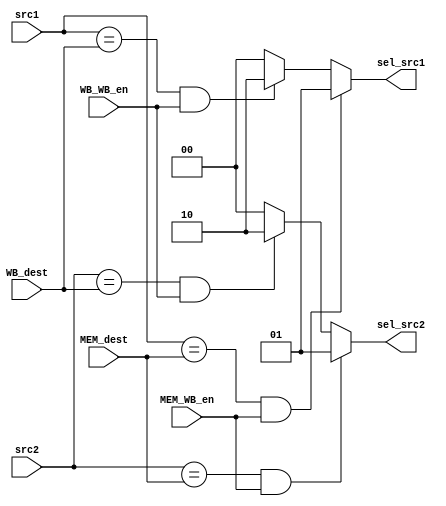
module forwarding_unit(
    //From EXE Phase:
    input [3:0]src1,src2,
    //From MEM Phase:
    input [3:0]MEM_dest,
    input MEM_WB_en,
    //From WB Phase:
    input [3:0]WB_dest,
    input WB_WB_en,
    //To EXE Phase:
    output [1:0]sel_src1,sel_src2
);
assign sel_src1 = (src1==MEM_dest & MEM_WB_en)?2'b01:(src1==WB_dest & WB_WB_en)?2'b10:2'b00;
assign sel_src2 = (src2==MEM_dest & MEM_WB_en)?2'b01:(src2==WB_dest & WB_WB_en)?2'b10:2'b00;

endmodule